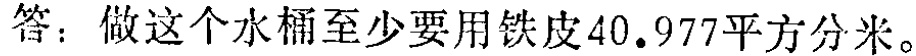
答：做这个水桶至少要用铁皮\(40.977\)平方分米。